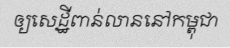
ឲ្យសេដ្ឋីពាន់លាននៅកម្ពុជា